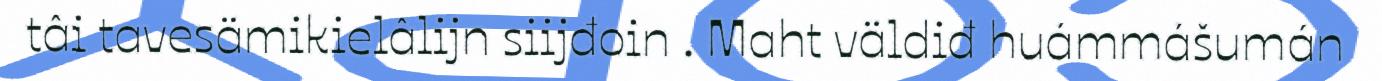
tâi tavesämikielâlijn siijđoin . Maht väldiđ huámmášumán